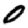
Digit: 0